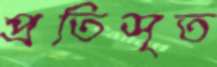
প্রতিসৃত